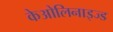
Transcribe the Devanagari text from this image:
केओलिनाइज्ड